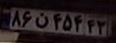
۸۶ن۴۵۴۴۳